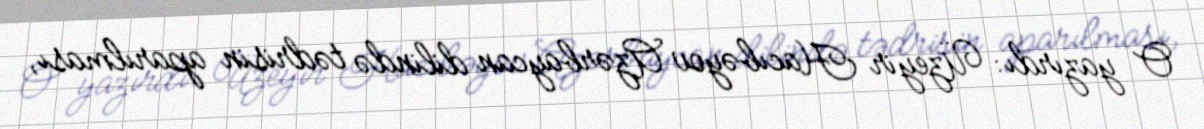
O yazırdı: Üzeyir Hacıbəyov Azərbaycan dilində tədrisin aparılması,